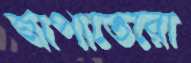
জাপাতেরো